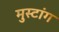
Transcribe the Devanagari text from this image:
मुस्टांग